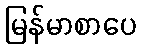
မြန်မာစာပေ